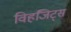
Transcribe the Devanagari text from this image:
विहजिट्स